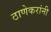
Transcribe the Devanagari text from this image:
ठाणेकरांनी